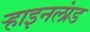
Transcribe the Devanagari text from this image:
र्‍हाइनलांड